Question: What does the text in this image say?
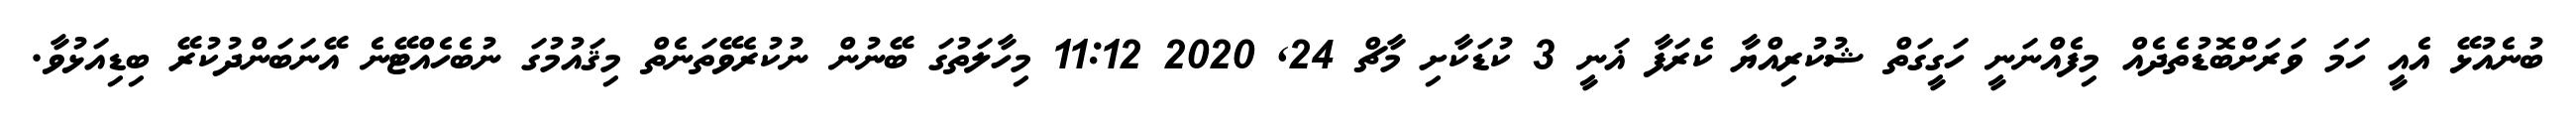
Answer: ބުނެއުޅޭ އެއީ ހަމަ ވަރަށްބޮޑުތެދެއް މިފެއްނަނީ ހަގީގަތް ޝުކުރިއްޔާ ކެރަފާ ޣަނީ 3 ކުޑަކާށި މާޗް 24, 2020 11:12 މިހާލަތުގަ ބޭނުން ނުކުރެވޭތަނެތް މިޤައުމުގަ ނުބެހެއްޓޭނެ އޭނަބަންދުކުރޭ ބިޑިއަޅުވާ.